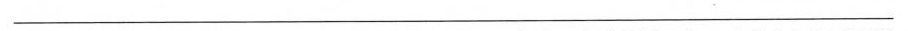
___